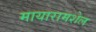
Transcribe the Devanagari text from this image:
मायारामशेल